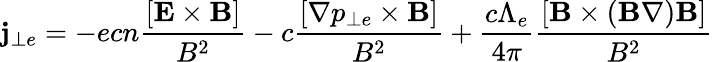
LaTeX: {\mathbf j}_{\bot e}=-ecn\frac{{\left[{{\mathbf E}\times{\mathbf B}}\right]}}{{B^{2}}}-c\frac{{\left[{\nabla p_{\bot e}\times{\mathbf B}}\right]}}{{B^{2}}}+\frac{c\Lambda_{e}}{4\pi}\frac{{\left[{{\mathbf B}\times\left({{\mathbf B}\nabla}\right){\mathbf B}}\right]}}{{B^{2}}}